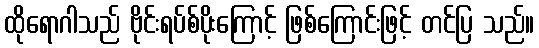
ထိုရောဂါသည် ဗိုင်းရပ်စ်ပိုးကြောင့် ဖြစ်ကြောင်းဖြင့် တင်ပြ သည်။